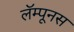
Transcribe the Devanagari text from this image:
लॅम्पूनस